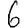
Digit: 6